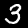
Label: 3